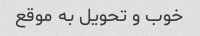
خوب و تحویل به موقع